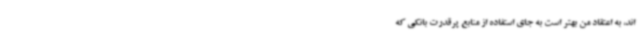
اند، به اعتقاد من بهتر است به جای استفاده از منابع پرقدرت بانکی که